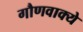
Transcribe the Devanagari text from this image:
गौणवाक्ये